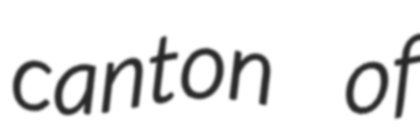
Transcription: canton of